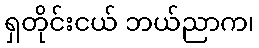
ရှတိုင်းငယ် ဘယ်ညာက၊